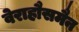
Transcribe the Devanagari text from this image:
वेराहौसमैन